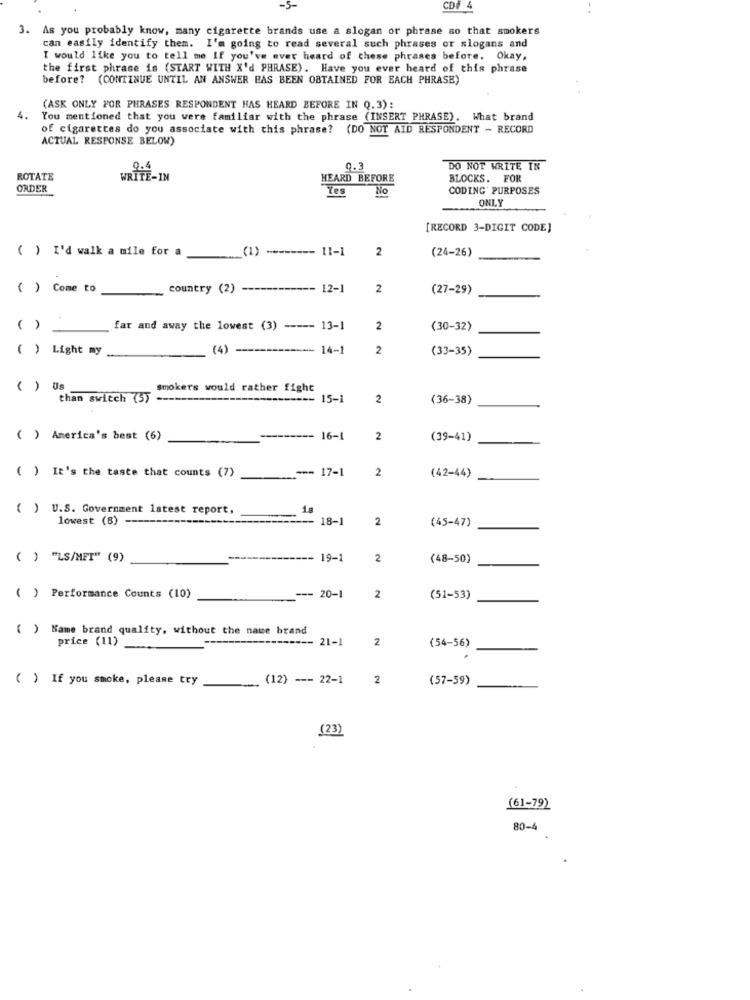
-5-
CD# 4
3. As you probably know, many cigarette brands use a slogan or phrase so that smokers
can easily identify them. I'm going to read several such phrases or slogans and
I would like you to tell me If you've ever heard of these phrases before. Okay,
the first phrase is (START WITH X'd PHRASE). Have you ever heard of this phrase
before? (CONTINUE UNTIL AN ANSWER HAS BEEN OBTAINED FOR EACH PHRASE)
(ASK ONLY FOR PHRASES RESPONDENT HAS HEARD BEFORE IN Q.3):
4.
You mentioned that you were familiar with the phrase (INSERT PHRASE). What brand
of cigarettes do you associate with this phrase? (DO NOT AID RESPONDENT - RECORD
ACTUAL RESPONSE BELOW)
9.4
0.3
DO NOT WRITE IN
ROTATE
WRITE-IN
HEARD BEFORE
BLOCKS. FOR
ORDER
Yes
No
CODING' PURPOSES
ONLY
[RECORD 3-DIGIT CODE]
( ) I'd walk a mile for a
(1)
-------- 11-1
2
(24-26)
( ) Come to
country (2)
----------- 12-1
2
(27-29)
( ) _
far and away the lowest (3) ----- 13-1
2
(30-32)
( ) Light my
(4)
14-1
2
(33-35)
( ) .
smokers would rather fight
than switch (5) -
15-1
2
(36-38)
( ) America's best (6)
---- 16-1
2
(39-41)
--- 17-1
2
( ) It's the taste that counts (7)
(42-44)
( ) U.S. Government latest report,
1s
lowest (8)
18-1
2
(45-47)
( ) "LS/MET" (9)
19-1
2
(48-50)
( ) Performance Counts (10)
--- 20-1
2
(51-53)
( ) Name brand quality, without the name brand
price (11)
-- 21-1
2
(54-56)
( ) If you smoke, please try
(12) --- 22-1 2
(57-59)
(23)
(61-79)
80-4